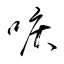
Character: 唳